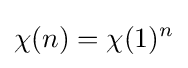
\chi (n)=\chi (1)^{n}